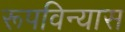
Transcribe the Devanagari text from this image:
रूपविन्यास